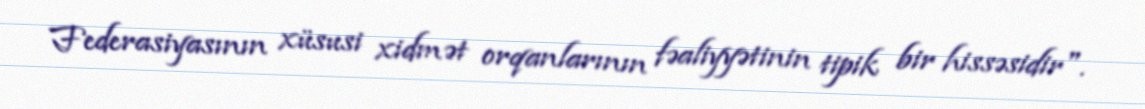
Federasiyasının xüsusi xidmət orqanlarının fəaliyyətinin tipik bir hissəsidir".